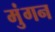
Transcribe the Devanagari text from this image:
मुंगन